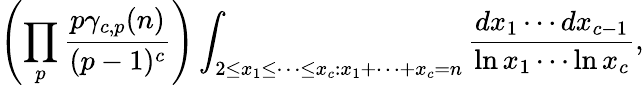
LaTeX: \left(\prod_{p}{\frac{p\gamma_{c,p}(n)}{(p-1)^{c}}}\right)\int_{2\leq x_{1}\leq\cdots\leq x_{c}:x_{1}+\cdots+x_{c}=n}{\frac{dx_{1}\cdots dx_{c-1}}{\ln x_{1}\cdots\ln x_{c}}},